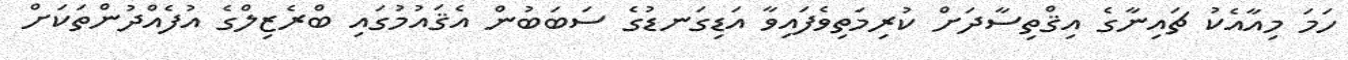
ހަމަ މިއާއެކު ޗައިނާގެ އިޤްތިސާދަށް ކުރިމަތިވެފައިވާ އަޑިގަނޑުގެ ސަބަބުން އެޤައުމުގައި ބްރެޒިލްގެ އުފެއްދުންތަކަށް